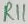
Text: R11